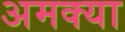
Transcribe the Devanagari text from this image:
अमक्या